Bréfritari: Soffía Daníelsdóttir
Viðtakandi: Jakobína Magnúsdóttir og Daníel Halldórsson
Dagsetning: A-1888-05-03
Skrifað á: Reykjavík  Gull.
Soffía var dóttir Jakobínu og Daníels

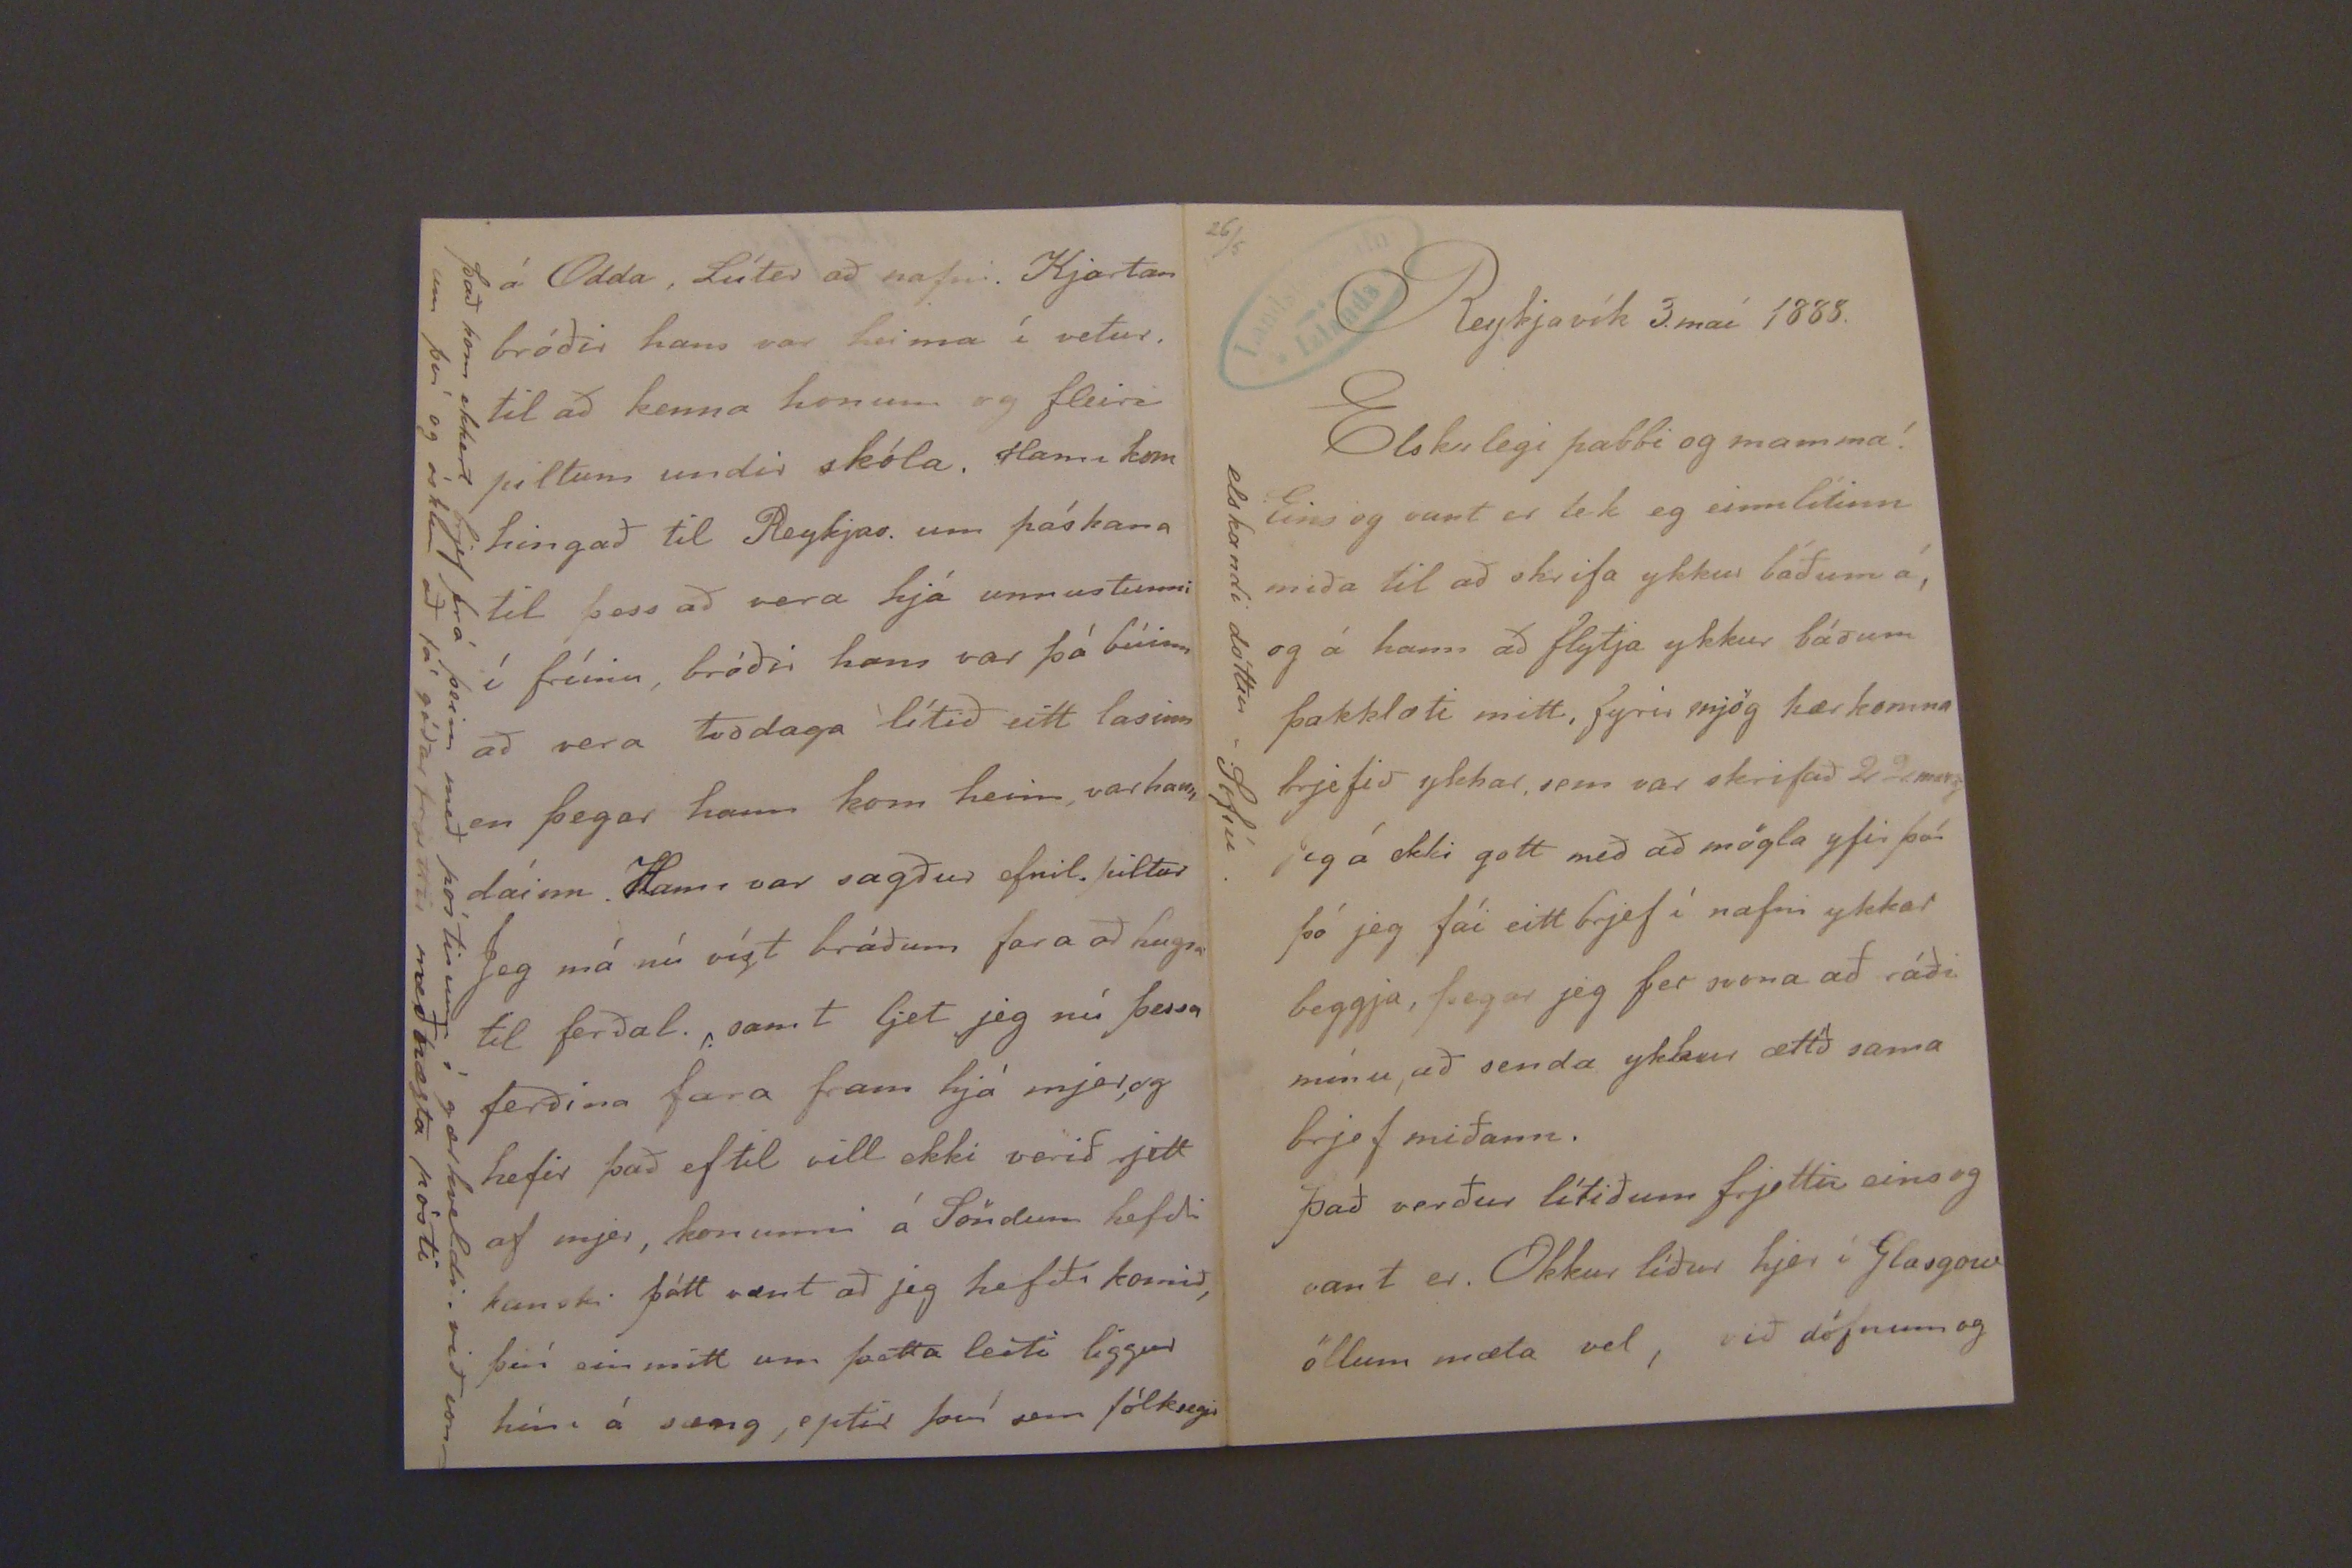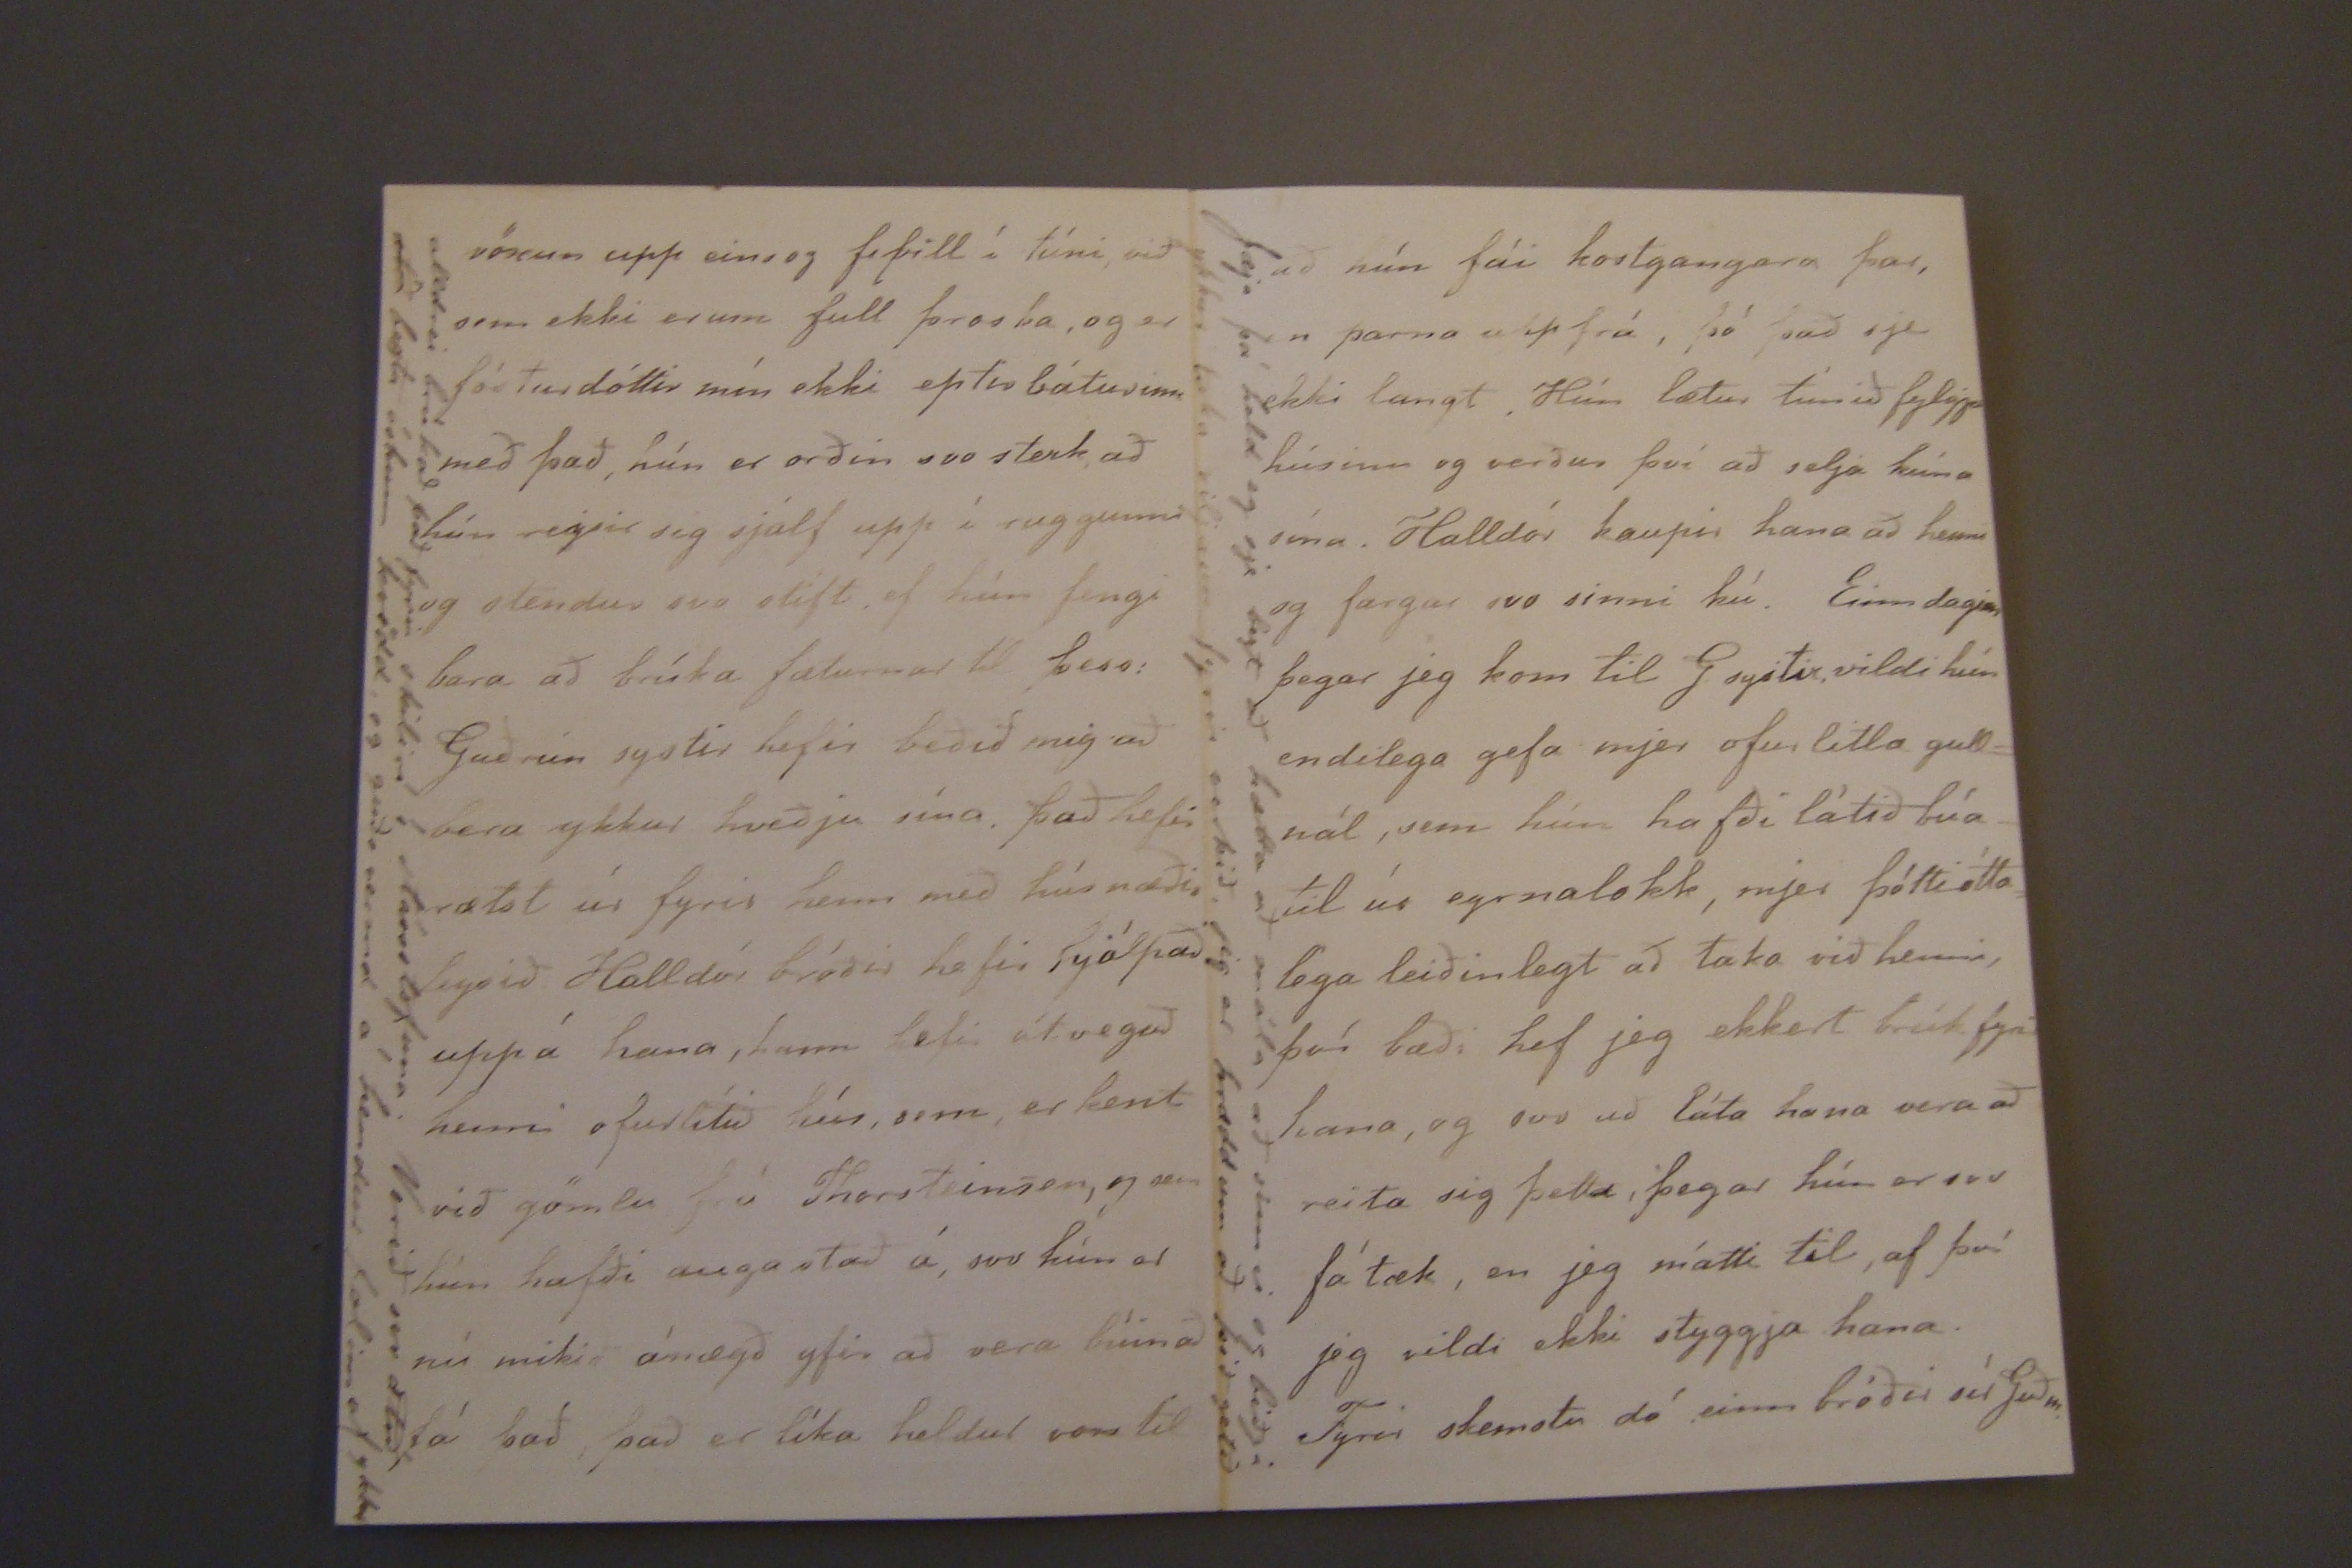

26/5
Reykjavík 3. maí 1888.
Elskulegi pabbi og mamma!
Eins og vant er lek eg einnlítinn miða til að skrifa ykkur báðum á, og á hann að flytja ykkur báðum þakklæti mitt, fyrir mjög kærkomna brjefið ykkar sem var skrifað 22. marz Jeg á ekki gott með að mögla yfir því þó jeg fái eitt bref í nafni ykkar beggja þegar jeg fer svona að ráði mínu, að senda ykkur ætíð sama brjef miðann.
það verður lítið um frjettir eins og vant er. Okkur líður hjer í Glasgow öllum mæta vel, við
döfnum
og
vinstri spássía: elskandi dóttir -Sofía.
vöxun
upp eins og fiþill í túni, við sem ekki erum full þroska, og er fósturdóttir mín ekki eptir báturinn með það, hún er orðin svo sterk að hún
seygir
sig sjálf upp í ruggunni og stendur svo stíft ef hún fengi bara að brúka fæturnar til þess Guðrún systir hefir beðið mig að bera ykkur hveðju sína það hefir rætst úr fyrir hann með hús næðileysið Halldór bróðir hefir hjálpað uppá hana, hann hefir útvegað henni ofurlítið hús, sem er kent við gömlu frú Thorsteinsen, og sem hún hafði augastað á, svo hún er nú mikið ánægð yfir að vera búin að fá það það er líka heldur von til
vinstri spássía: alldrei brúkað það fyrir skilin í stórsstofuna. Verið svo ætið
ætíð
bezta óskum kvödd og gerða vermd á hendur falinn af ykkur
á Odda Lúter að nafni. Kjartan bróðir hans var heima í vetur. til að kenna honum og fleiri piltum undir skóla. Hann kom hingað til Reykjav. um páskana til þess að vera hjá unnustunni í fríinu, bróðir hans var þá búinn að vera tvodaga lítið eitt lasinn en þegar hann kom heim, var hann dáinn. Hann var sagður efnil. piltur Jeg má nú víst bráðum fara að hugsa til ferðal. samt ljet jeg nú þessa ferðina fara fram hjá mjer, og hefir það ef til vill ekki verið rjett af mjer, konunni á Söndum hefði kanski þótt vænt að jeg hefði komið, því ein mitt um þetta leiti liggur hún á sæng, eptir því sem fólksegir
það kom ekkert brjef frá þeim með póstinum í gærkveldi. við vorum því og óskum að fá góðar frjettir með næsta pósti
að hún fái kostgangara þar, en þarna uppfrá, þó það sje ekki langt Hún lætur túnið fylgja húsinu og verður því að sela kúna sína. Halldór kaupir hana að henni og fargar svo sinni kú. Einn daginn þegar jeg kom til G systir vildi hún endilega gefa mjer ofur litla gullnál, sem hún hafði látið búa til úr eyranlokk, mjer þótti óttalega leiðinlegt að taka við henni, því bæði hef jeg ekkert brúk fyrir hana, og svo að láta hana vera að reita sig þetta, þegar hún er svo fátæk, en jeg mátti til, af því jeg vildi ekki styggja hana. Fyrir skemstu dót einn bróðir sír Guðm.
Jæja þá held eg sje bezt að hætta að mála að sinni og biðja ykkur taka viljann fyrir verkið, jeg er hrædd um að þið getið